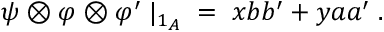
\psi \otimes \varphi \otimes \varphi ^ { \prime } \; | _ { 1 _ { A } } \; = \; x b b ^ { \prime } + y a a ^ { \prime } \; .